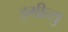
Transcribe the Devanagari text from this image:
इमीत्सु